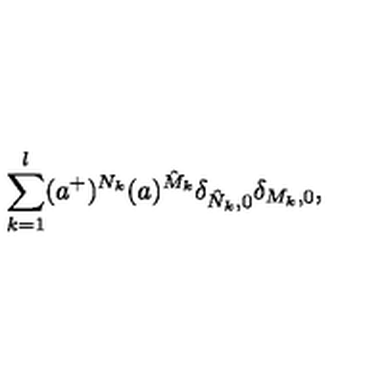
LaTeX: \sum _ { k = 1 } ^ { l } ( a ^ { + } ) ^ { N _ { k } } ( a ) ^ { \hat { M } _ { k } } \delta _ { \hat { N } _ { k } , 0 } \delta _ { M _ { k } , 0 } ,